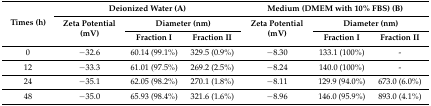
| <ROWSPAN=3> Times (h) | <COLSPAN=3> Deionized Water (A) | <COLSPAN=3> Medium (DMEM with 10% FBS) (B) |
 | <ROWSPAN=2> Zeta Potential (mV) | <COLSPAN=2> Diameter (nm) | <ROWSPAN=2> Zeta Potential (mV) | <COLSPAN=2> Diameter (nm) |
 | Fraction I | Fraction II | Fraction I | Fraction II |
 | --- | --- | --- | --- | --- | --- | --- |
 | 0 | −32.6 | 60.14 (99.1%) | 329.5 (0.9%) | −8.30 | 133.1 (100%) | - |
 | 12 | −33.3 | 61.01 (97.5%) | 269.2 (2.5%) | −8.24 | 140.0 (100%) | - |
 | 24 | −35.1 | 62.05 (98.2%) | 270.1 (1.8%) | −8.11 | 129.9 (94.0%) | 673.0 (6.0%) |
 | 48 | −35.0 | 65.93 (98.4%) | 321.6 (1.6%) | −8.96 | 146.0 (95.9%) | 893.0 (4.1%) |